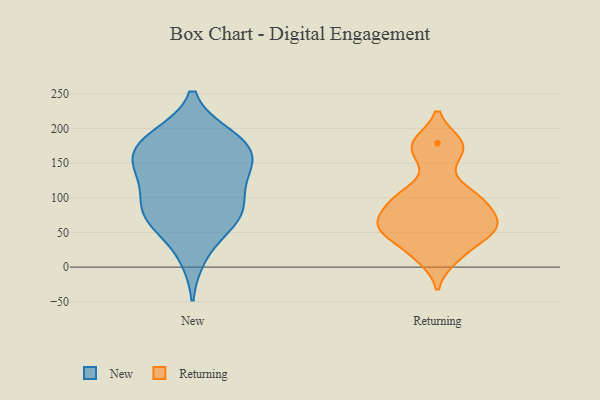
{"axis": {"x": "Population (Million)", "y": "Value"}, "legend": ["New", "Returning"], "data": [{"x": "", "y": 78, "type": "New"}, {"x": "", "y": 81, "type": "New"}, {"x": "", "y": 178, "type": "New"}, {"x": "", "y": 17, "type": "New"}, {"x": "", "y": 175, "type": "New"}, {"x": "", "y": 139, "type": "New"}, {"x": "", "y": 67, "type": "New"}, {"x": "", "y": 87, "type": "New"}, {"x": "", "y": 115, "type": "New"}, {"x": "", "y": 160, "type": "New"}, {"x": "", "y": 185, "type": "New"}, {"x": "", "y": 188, "type": "New"}, {"x": "", "y": 66, "type": "New"}, {"x": "", "y": 145, "type": "New"}, {"x": "", "y": 140, "type": "New"}, {"x": "", "y": 85, "type": "Returning"}, {"x": "", "y": 98, "type": "Returning"}, {"x": "", "y": 104, "type": "Returning"}, {"x": "", "y": 26, "type": "Returning"}, {"x": "", "y": 13, "type": "Returning"}, {"x": "", "y": 178, "type": "Returning"}, {"x": "", "y": 59, "type": "Returning"}, {"x": "", "y": 53, "type": "Returning"}, {"x": "", "y": 55, "type": "Returning"}, {"x": "", "y": 179, "type": "Returning"}, {"x": "", "y": 57, "type": "Returning"}, {"x": "", "y": 103, "type": "Returning"}, {"x": "", "y": 159, "type": "Returning"}, {"x": "", "y": 65, "type": "Returning"}]}